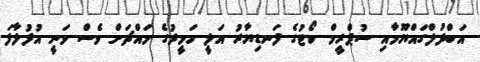
އަބްދުލްގައްޔޫމާއި ސުޕްރީމް ކޯޓުގެ ފަނޑިޔާރު އަލީ ހަމީދުގެ މައްޗަށް ވެސް ވަނީ އުފުލާފަ